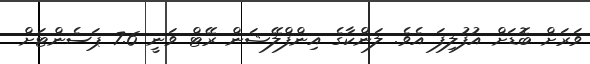
ވަރަށް ބޮޑަށް އުފުލިފަ އެވެ. ލަންކާގެ އިންފްލޭޝަން ރޭޓް ވަނީ 7.6 ޕަސެންޓަށް